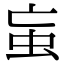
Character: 䖟